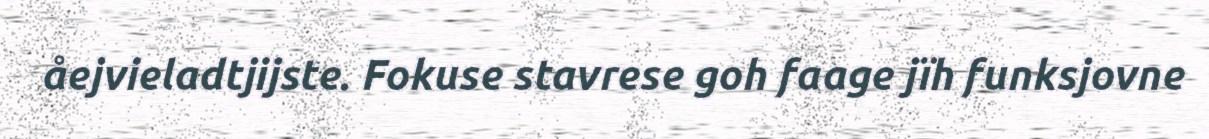
åejvieladtjijste. Fokuse stavrese goh faage jïh funksjovne